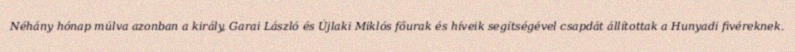
Néhány hónap múlva azonban a király, Garai László és Újlaki Miklós főurak és híveik segítségével csapdát állítottak a Hunyadi fivéreknek.